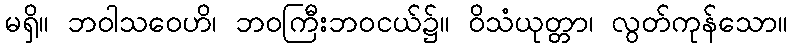
မရှိ။ ဘဝါသဝေဟိ၊ ဘဝကြီးဘဝငယ်၌။ ဝိသံယုတ္တာ၊ လွတ်ကုန်သော။